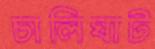
চালিঘাট